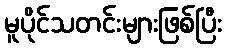
မူပိုင်သတင်းများဖြစ်ပြီး